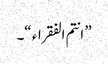
” انتم الفقراء “۔